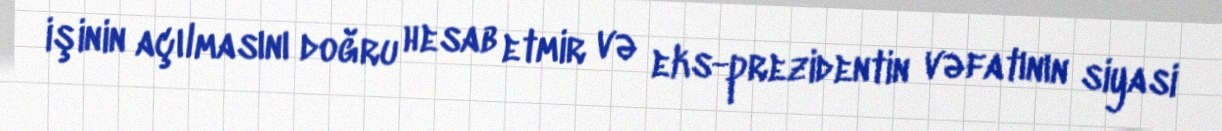
işinin açılmasını doğru hesab etmir və eks-prezidentin vəfatının siyasi